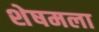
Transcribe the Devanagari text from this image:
शेषमला